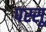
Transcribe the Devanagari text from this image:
पस्सू